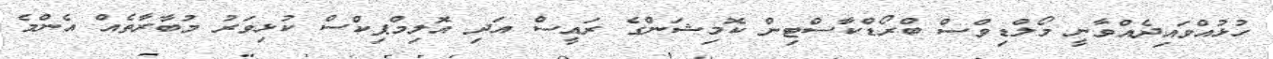
ހުޅުއްވައިދެއްވާނީ މޯލްޑިވްސް ބްރޯޑްކާސްޓިން ކޮމިޝަންގެ ރައީސް އަދި އޮލިމްޕިކްސް ކުޅިވަރު މުބާރާތެއް އެންމެ